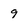
Character: 9